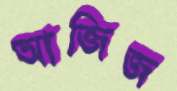
আজিজ